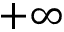
+ \infty